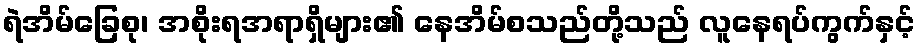
ရဲအိမ်ခြေစု၊ အစိုးရအရာရှိများ၏ နေအိမ်စသည်တို့သည် လူနေရပ်ကွက်နှင့်